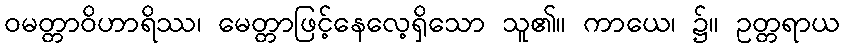
ဝမတ္တာဝိဟာရိဿ၊ မေတ္တာဖြင့်နေလေ့ရှိသော သူ၏။ ကာယေ၊ ၌။ ဥတ္တရာယ